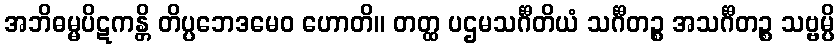
အဘိဓမ္မပိဋကန္တိ တိပ္ပဘေဒမေဝ ဟောတိ။ တတ္ထ ပဌမသင်္ဂီတိယံ သင်္ဂီတဉ္စ အသင်္ဂီတဉ္စ သဗ္ဗမ္ပိ